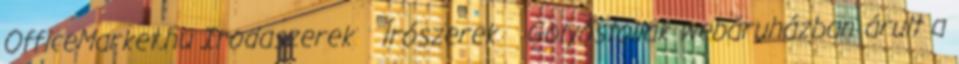
OfficeMarket.hu Irodaszerek Írószerek Golyóstollak webáruházban árult a